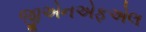
જીએનએફએલ